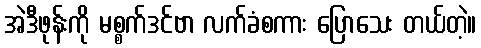
အဲဒီဖုန်းကို မစ္စက်ဒင်ဗာ လက်ခံစကား ပြောသေး တယ်တဲ့။